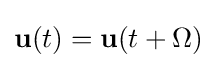
\mathbf {u} (t)=\mathbf {u} (t+\Omega )